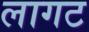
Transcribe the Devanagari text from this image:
लागट